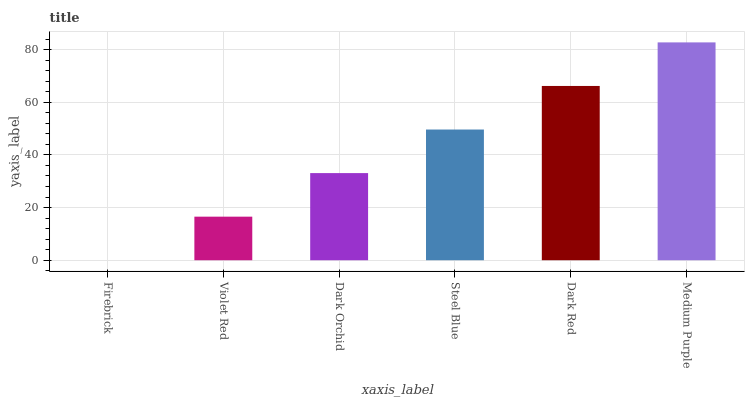
| xaxis_label | bars |
 | --- | --- |
 | Firebrick | 0 |
 | Violet Red | 16.5 |
 | Dark Orchid | 33.1 |
 | Steel Blue | 49.6 |
 | Dark Red | 66.2 |
 | Medium Purple | 82.7 |